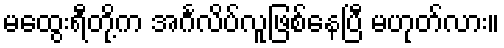
မထွေးရီတို့က အင်္ဂလိပ်လူဖြစ်နေပြီ မဟုတ်လား။